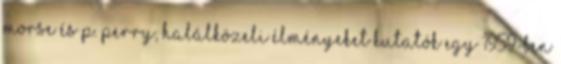
Morse és P. Perry, halálközeli élményeket kutatók egy 1959-ben